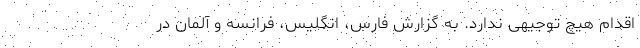
اقدام هیچ توجیهی ندارد. به گزارش فارس، انگلیس، فرانسه و آلمان در